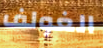
الغولف